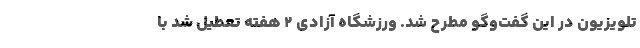
تلویزیون در این گفت‌وگو مطرح شد. ورزشگاه آزادی ۲ هفته تعطیل شد با